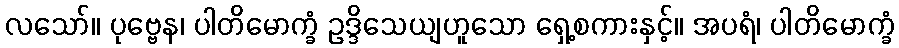
လသော်။ ပုဗ္ဗေန၊ ပါတိမောက္ခံ ဥဒ္ဒိသေယျဟူသော ရှေ့စကားနှင့်။ အပရံ၊ ပါတိမောက္ခံ